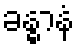
ခန္ဓာနံ